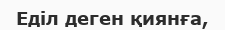
Еділ деген қиянға,